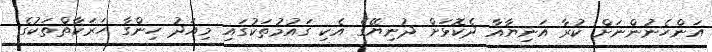
އަންހެނުންނަށް ކުރާ އަނިޔާއާ ދެކޮޅަށް ދުނިޔޭގެ އެކި ގައުމުތަކުގައި މިއަދު ހިންގާ ހަރަކާތްތަކުގެ